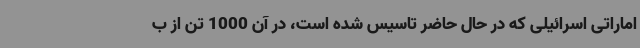
اماراتی اسرائیلی که در حال حاضر تاسیس شده است، در آن 1000 تن از ب